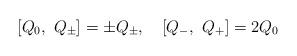
LaTeX: \begin{align*}[Q_0,\ Q_{\pm}]=\pm Q_{\pm},\quad [Q_-,\ Q_+]=2Q_0\end{align*}